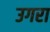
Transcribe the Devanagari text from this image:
उगरा